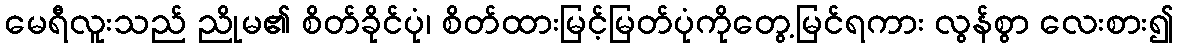
မေရီလူးသည် ညိုမ၏ စိတ်ခိုင်ပုံ၊ စိတ်ထားမြင့်မြတ်ပုံကိုတွေ့မြင်ရကား လွန်စွာ လေးစား၍